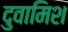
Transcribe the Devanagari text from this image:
दुवामिश